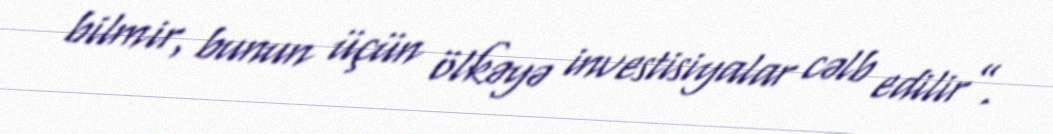
bilmir, bunun üçün ölkəyə investisiyalar cəlb edilir”.